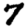
Digit: 7